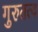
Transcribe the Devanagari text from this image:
गुरुतत्व